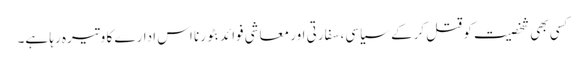
کسی بھی شخصیت کو قتل کرکے سیاسی، سفارتی اور معاشی فوائد بٹورنا اس ادارے کا وتیرہ رہا ہے۔